Statistical return of the lunatic asylum in Assam - 1912-1932
Year: 1912
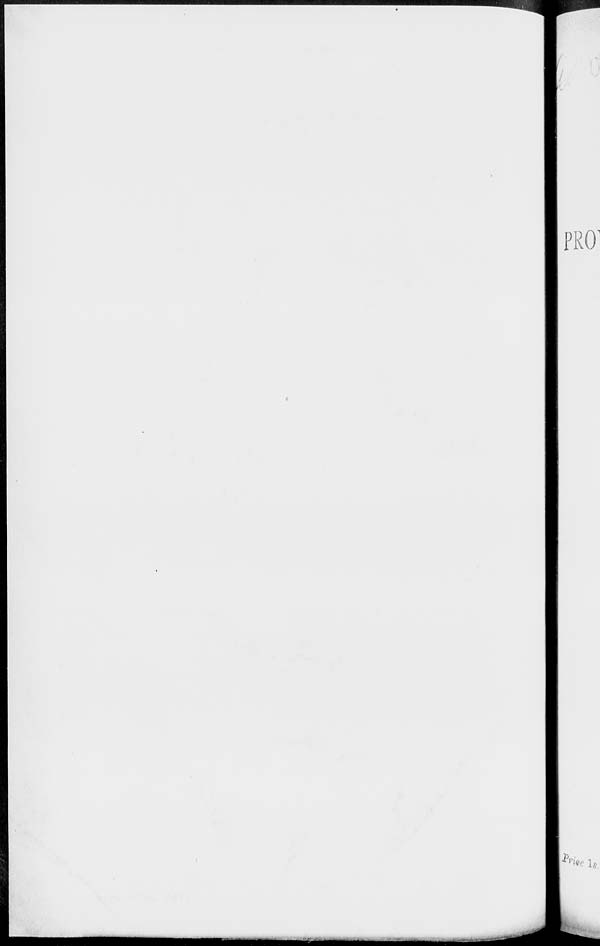
PRO 1
I^Vi,.